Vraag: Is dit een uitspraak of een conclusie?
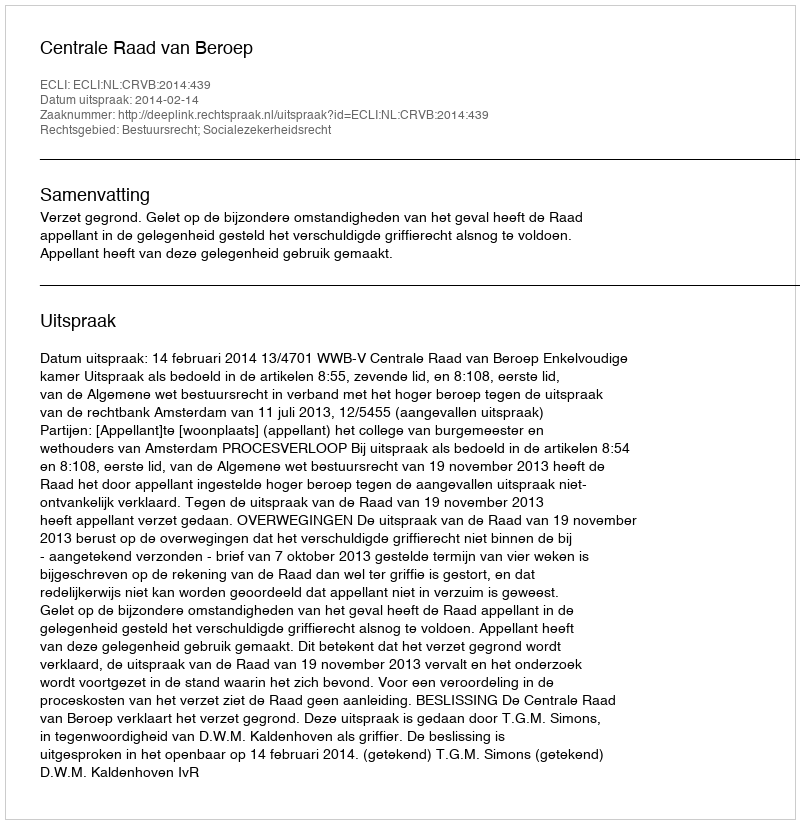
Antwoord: Uitspraak